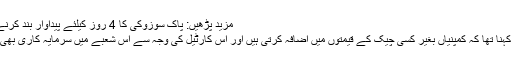
مزید پڑھیں: پاک سوزوکی کا 4 روز کیلئے پیداوار بند کرنے کا فیصلہ
ان کا مزید کہنا تھا کہ کمپنیاں بغیر کسی چیک کے قیمتوں میں اضافہ کرتی ہیں اور اس کارٹیل کی وجہ سے اس شعبے میں سرمایہ کاری بھی نہیں آرہی۔